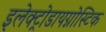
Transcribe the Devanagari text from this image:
इलेक्ट्रोडायग्नोस्टिक